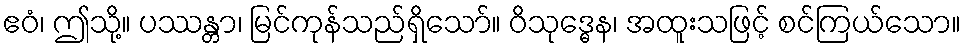
ဧဝံ၊ ဤသို့။ ပဿန္တာ၊ မြင်ကုန်သည်ရှိသော်။ ဝိသုဒ္ဓေန၊ အထူးသဖြင့် စင်ကြယ်သော။